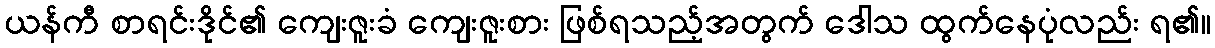
ယန်ကီ စာရင်းဒိုင်၏ ကျေးဇူးခံ ကျေးဇူးစား ဖြစ်ရသည့်အတွက် ဒေါသ ထွက်နေပုံလည်း ရ၏။